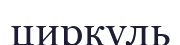
циркуль